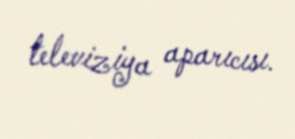
televiziya aparıcısı.